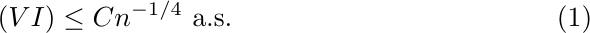
\begin{equation}\label{Thm2-eq10}
(\uppercase\expandafter{\romannumeral6}) \leq C n^{-1/4} \text{ a.s.}
\end{equation}